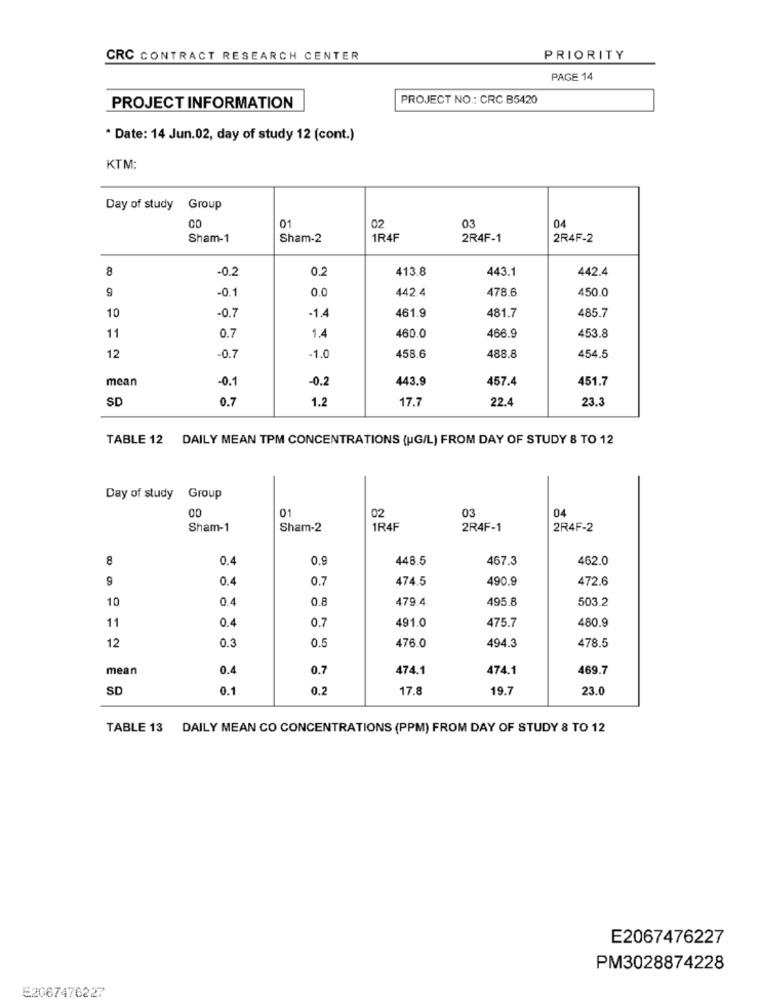
CRC CONTRACT RESEARCH CENTER
PRIORITY
PAGE 14
PROJECT NO .: CRC B5420
PROJECT INFORMATION
* Date: 14 Jun.02, day of study 12 (cont.)
KTM:
Day of study Group
00
01
02
03
04
Sham-1
Sham-2
1R4F
2R4F-1
2R4F-2
8
-0.2
0.2
413.8
443.1
442.4
9
-0.1
0.0
442.4
478.6
450.0
10
461.9
481.7
485.7
-0.7
-1.4
460.0
453.8
11
0.7
1.4
466.9
458.6
12
-0.7
-1.0
488.8
454.5
mean
-0.1
-0.2
443.9
457.4
451.7
SD
0.7
1.2
17.7
22.4
23.3
TABLE 12 DAILY MEAN TPM CONCENTRATIONS (HG/L) FROM DAY OF STUDY 8 TO 12
Day of study Group
00
03
01
02
04
Sham-1
Sham-2
1R4F
2R4F-1
2R4F-2
8
0.4
0.9
448.5
467.3
462.0
9
0.4
0.7
474.5
490.9
472.6
10
0.4
0.8
479.4
495.8
503.2
11
0.4
0.7
491.0
475.7
480.9
0.5
476.0
478.5
12
0.3
494.3
mean
0.4
0.7
474.1
474.1
469.7
SD
0.1
0.2
17.8
19.7
23.0
TABLE 13 DAILY MEAN CO CONCENTRATIONS (PPM) FROM DAY OF STUDY 8 TO 12
E2067476227
PM3028874228
E2067476227